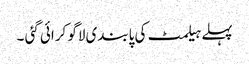
پہلے ہیلمٹ کی پابندی لاگو کرائی گئی ۔